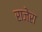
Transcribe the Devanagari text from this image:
राजेरा